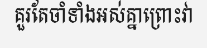
គួរតែចាំទាំងអស់គ្នាព្រោះវា